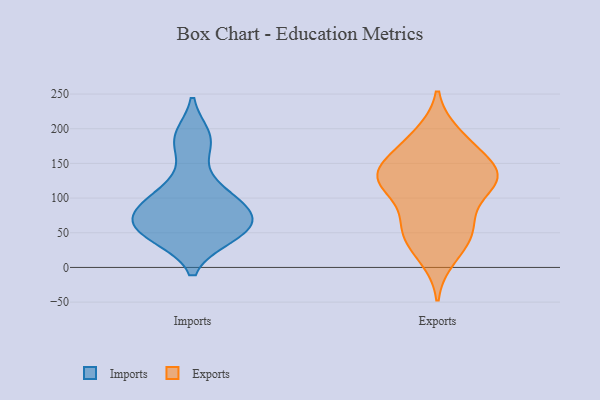
{"axis": {"x": "Page Views", "y": "Value"}, "legend": ["Exports", "Imports"], "data": [{"x": "", "y": 46, "type": "Imports"}, {"x": "", "y": 180, "type": "Imports"}, {"x": "", "y": 62, "type": "Imports"}, {"x": "", "y": 45, "type": "Imports"}, {"x": "", "y": 118, "type": "Imports"}, {"x": "", "y": 86, "type": "Imports"}, {"x": "", "y": 54, "type": "Imports"}, {"x": "", "y": 101, "type": "Imports"}, {"x": "", "y": 78, "type": "Imports"}, {"x": "", "y": 188, "type": "Imports"}, {"x": "", "y": 73, "type": "Imports"}, {"x": "", "y": 172, "type": "Exports"}, {"x": "", "y": 138, "type": "Exports"}, {"x": "", "y": 136, "type": "Exports"}, {"x": "", "y": 15, "type": "Exports"}, {"x": "", "y": 154, "type": "Exports"}, {"x": "", "y": 63, "type": "Exports"}, {"x": "", "y": 117, "type": "Exports"}, {"x": "", "y": 125, "type": "Exports"}, {"x": "", "y": 64, "type": "Exports"}, {"x": "", "y": 191, "type": "Exports"}, {"x": "", "y": 186, "type": "Exports"}, {"x": "", "y": 122, "type": "Exports"}, {"x": "", "y": 49, "type": "Exports"}, {"x": "", "y": 58, "type": "Exports"}, {"x": "", "y": 30, "type": "Exports"}, {"x": "", "y": 131, "type": "Exports"}, {"x": "", "y": 118, "type": "Exports"}, {"x": "", "y": 131, "type": "Exports"}]}